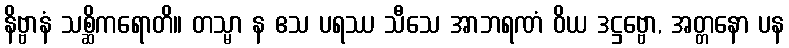
နိဗ္ဗာနံ သစ္ဆိကရောတိ။ တသ္မာ န ဧသ ပရဿ သီသေ အာဘရဏံ ဝိယ ဒဋ္ဌဗ္ဗော, အတ္တနော ပန